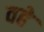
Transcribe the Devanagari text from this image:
वहे